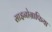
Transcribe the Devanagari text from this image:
साइनोग्राफिया